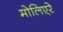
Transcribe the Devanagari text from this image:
मोलिएरे